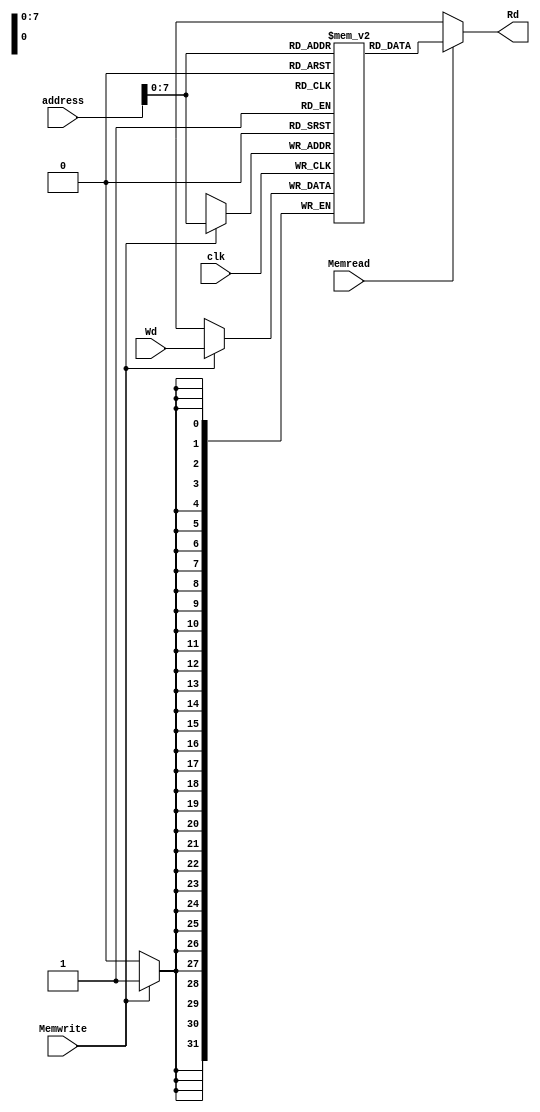
module data_mem(clk , Memwrite , Memread , address , Rd , Wd);
	input clk;
	input [31:0] Wd;
	input [31:0] address;
	output [31:0] Rd;
	reg [31:0] my_memory [0:255];
	input Memread;
	input Memwrite;
	// clock 
	 always @(posedge clk) #5 begin
		if (Memwrite)
			my_memory[address[31:0]][31:0] = Wd;
	end
	 assign #5 Rd = (Memread) ? my_memory[address][31:0] : 32'bx;

	
endmodule